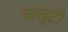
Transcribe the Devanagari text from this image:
कलूटी